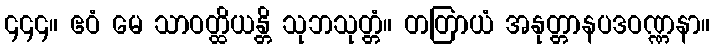
၄၄၄။ ဧဝံ မေ သာဝတ္ထိယန္တိ သုဘသုတ္တံ။ တတြာယံ အနုတ္တာနပဒဝဏ္ဏနာ။